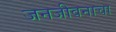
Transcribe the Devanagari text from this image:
जनजीवनाचा